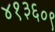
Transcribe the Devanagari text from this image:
४१३६०९